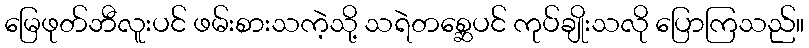
မြေဖုတ်ဘီလူးပင် ဖမ်းစားသကဲ့သို့ သရဲတစ္ဆေပင် ကုပ်ချိုးသလို ပြောကြသည်။